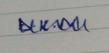
Signature authenticity: genuine